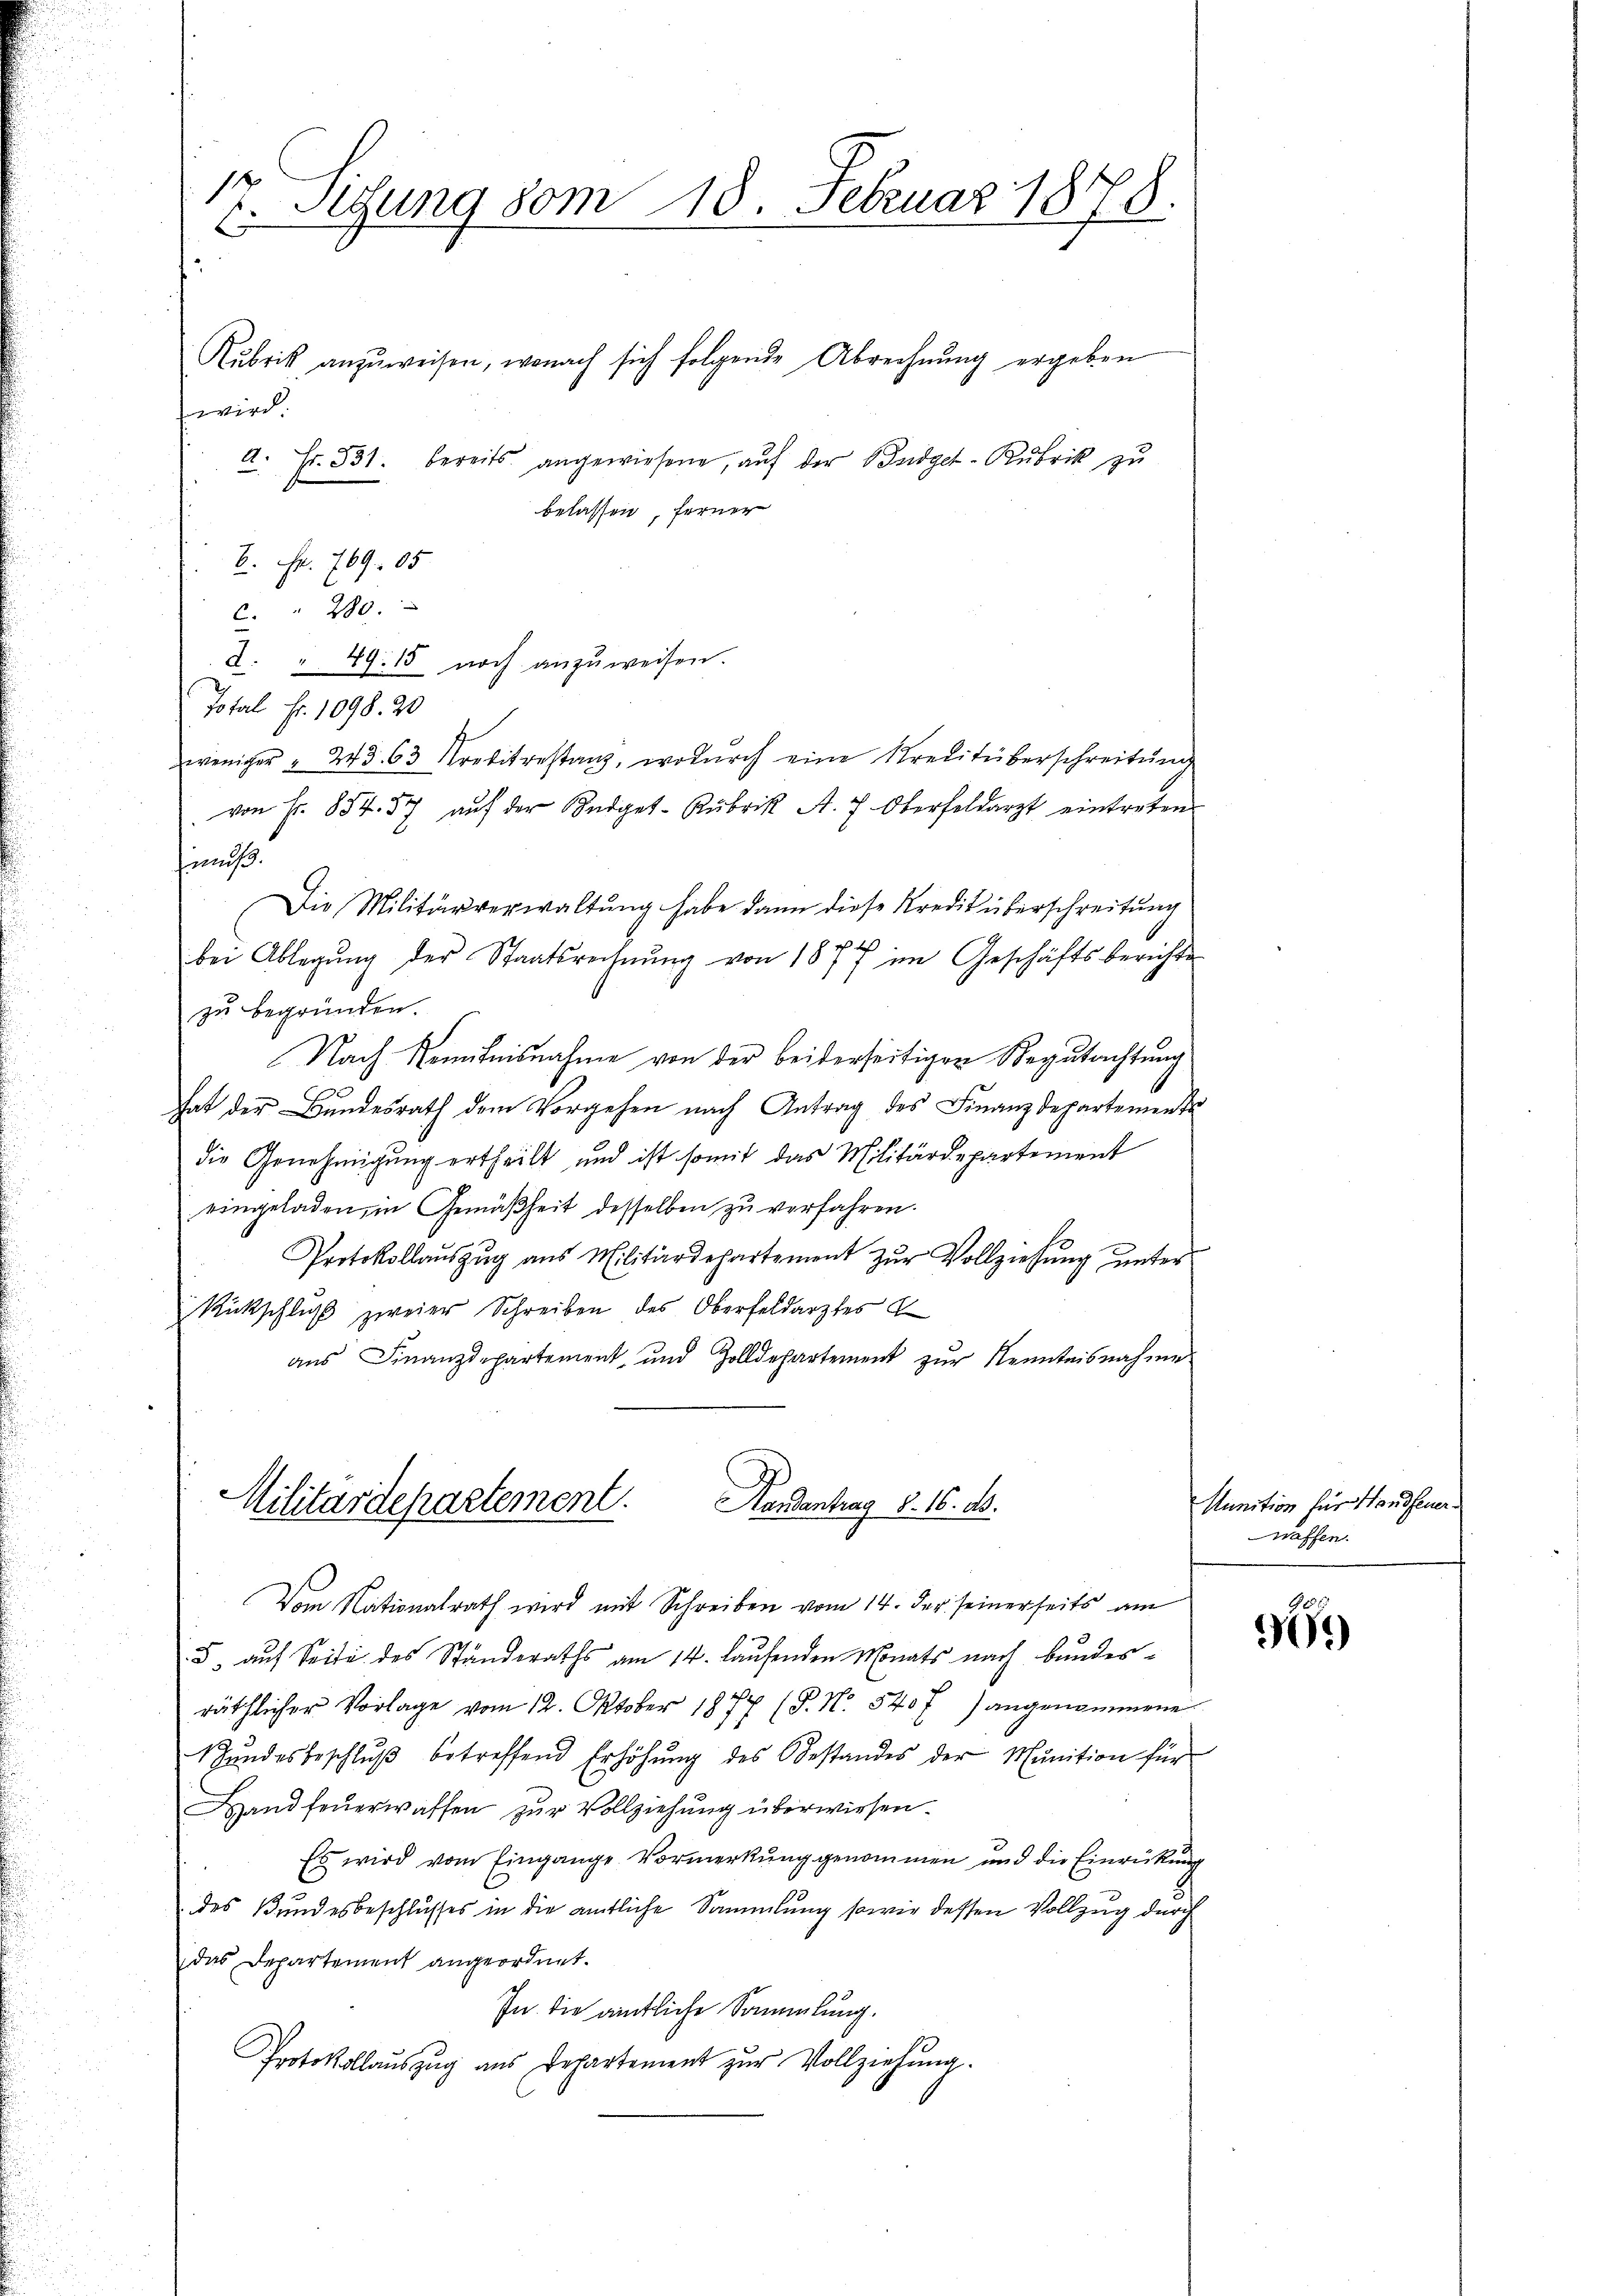
wird.
a. Fr. 331. bereits angewiesene, aŭf der Budget-Rubrik zu
belassen, ferner
6. Fr. 169. 05
C. " 280.
2. " 49. 15 noch anzŭweisen.
Total Fr. 1098. 20
weniger " 243. 63 Prebitrestanz, wodŭrch eine Preditüberschreitŭng
von Fr. 854. 37 aŭf der Budget-Rubrik A. 7 Oberfeldarzt eintreten
hien.
Die Militärverwaltŭng habe dann diese Kredit überschreitung
bei Ablegŭng der Staatsrechnŭng von 1877 im Geschäftsberichte
zu begründen.
Nach Kenntnisnahme von der beiderseitigen Begutachtung
hat der Bundesrath dem Vorgehen nach Antrag des Finanzdepartements
die Genehmigung ertheilt, und ist somit das Militärdepartement
eingeladen, in Gemäßheit desselben zu verfahren.
Protokollaŭszŭg aŭs Militärdepartement zŭr Vollziehŭng ŭnter
Rückschluß zweier Schreiben des Oberfeldarztes
aŭs Finanzdepartement, und Zolldepartement zŭr Nenntnisnahme.
Militärdepartement.
Handantrag d. 16. ds.
Vom Nationalrath wird mit Schreiben vom 14. der seinerseits am
5, auf Seite des Ständeraths am 14. laufenden Monats nach Bundesräthlicher Vorlage vom 12. Oktober 1877 (P. N. 540 f.) angenommene
Shŭndesbeschlŭβ betreffend Erhöhŭng des Bestandes der Munition für
Hand feŭerwaffen zur Vollziehung überwiesen.
Es wird vom Eingange Vormerkung genommen und die Einrückung
des Bundesbeschlusses in die amtliche Sammlung sowie dessen Vollzug durch
das Departement angeordnet.
In die amtliche Sammlung.
Protokollauszug aus Departement zur Vollziehung.

17. Sigung vom 18. Februar 1878.
Rubrik anzuweisen, wonach sich folgende Abrechnung ergeben

Munition für Handfeuerwaffen.

6)